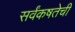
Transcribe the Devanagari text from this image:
सर्वंकषतेची